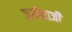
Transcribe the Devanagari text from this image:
जगोबाजी